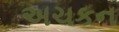
અચકન